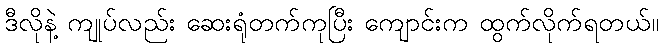
ဒီလိုနဲ့ ကျုပ်လည်း ဆေးရုံတက်ကုပြီး ကျောင်းက ထွက်လိုက်ရတယ်။